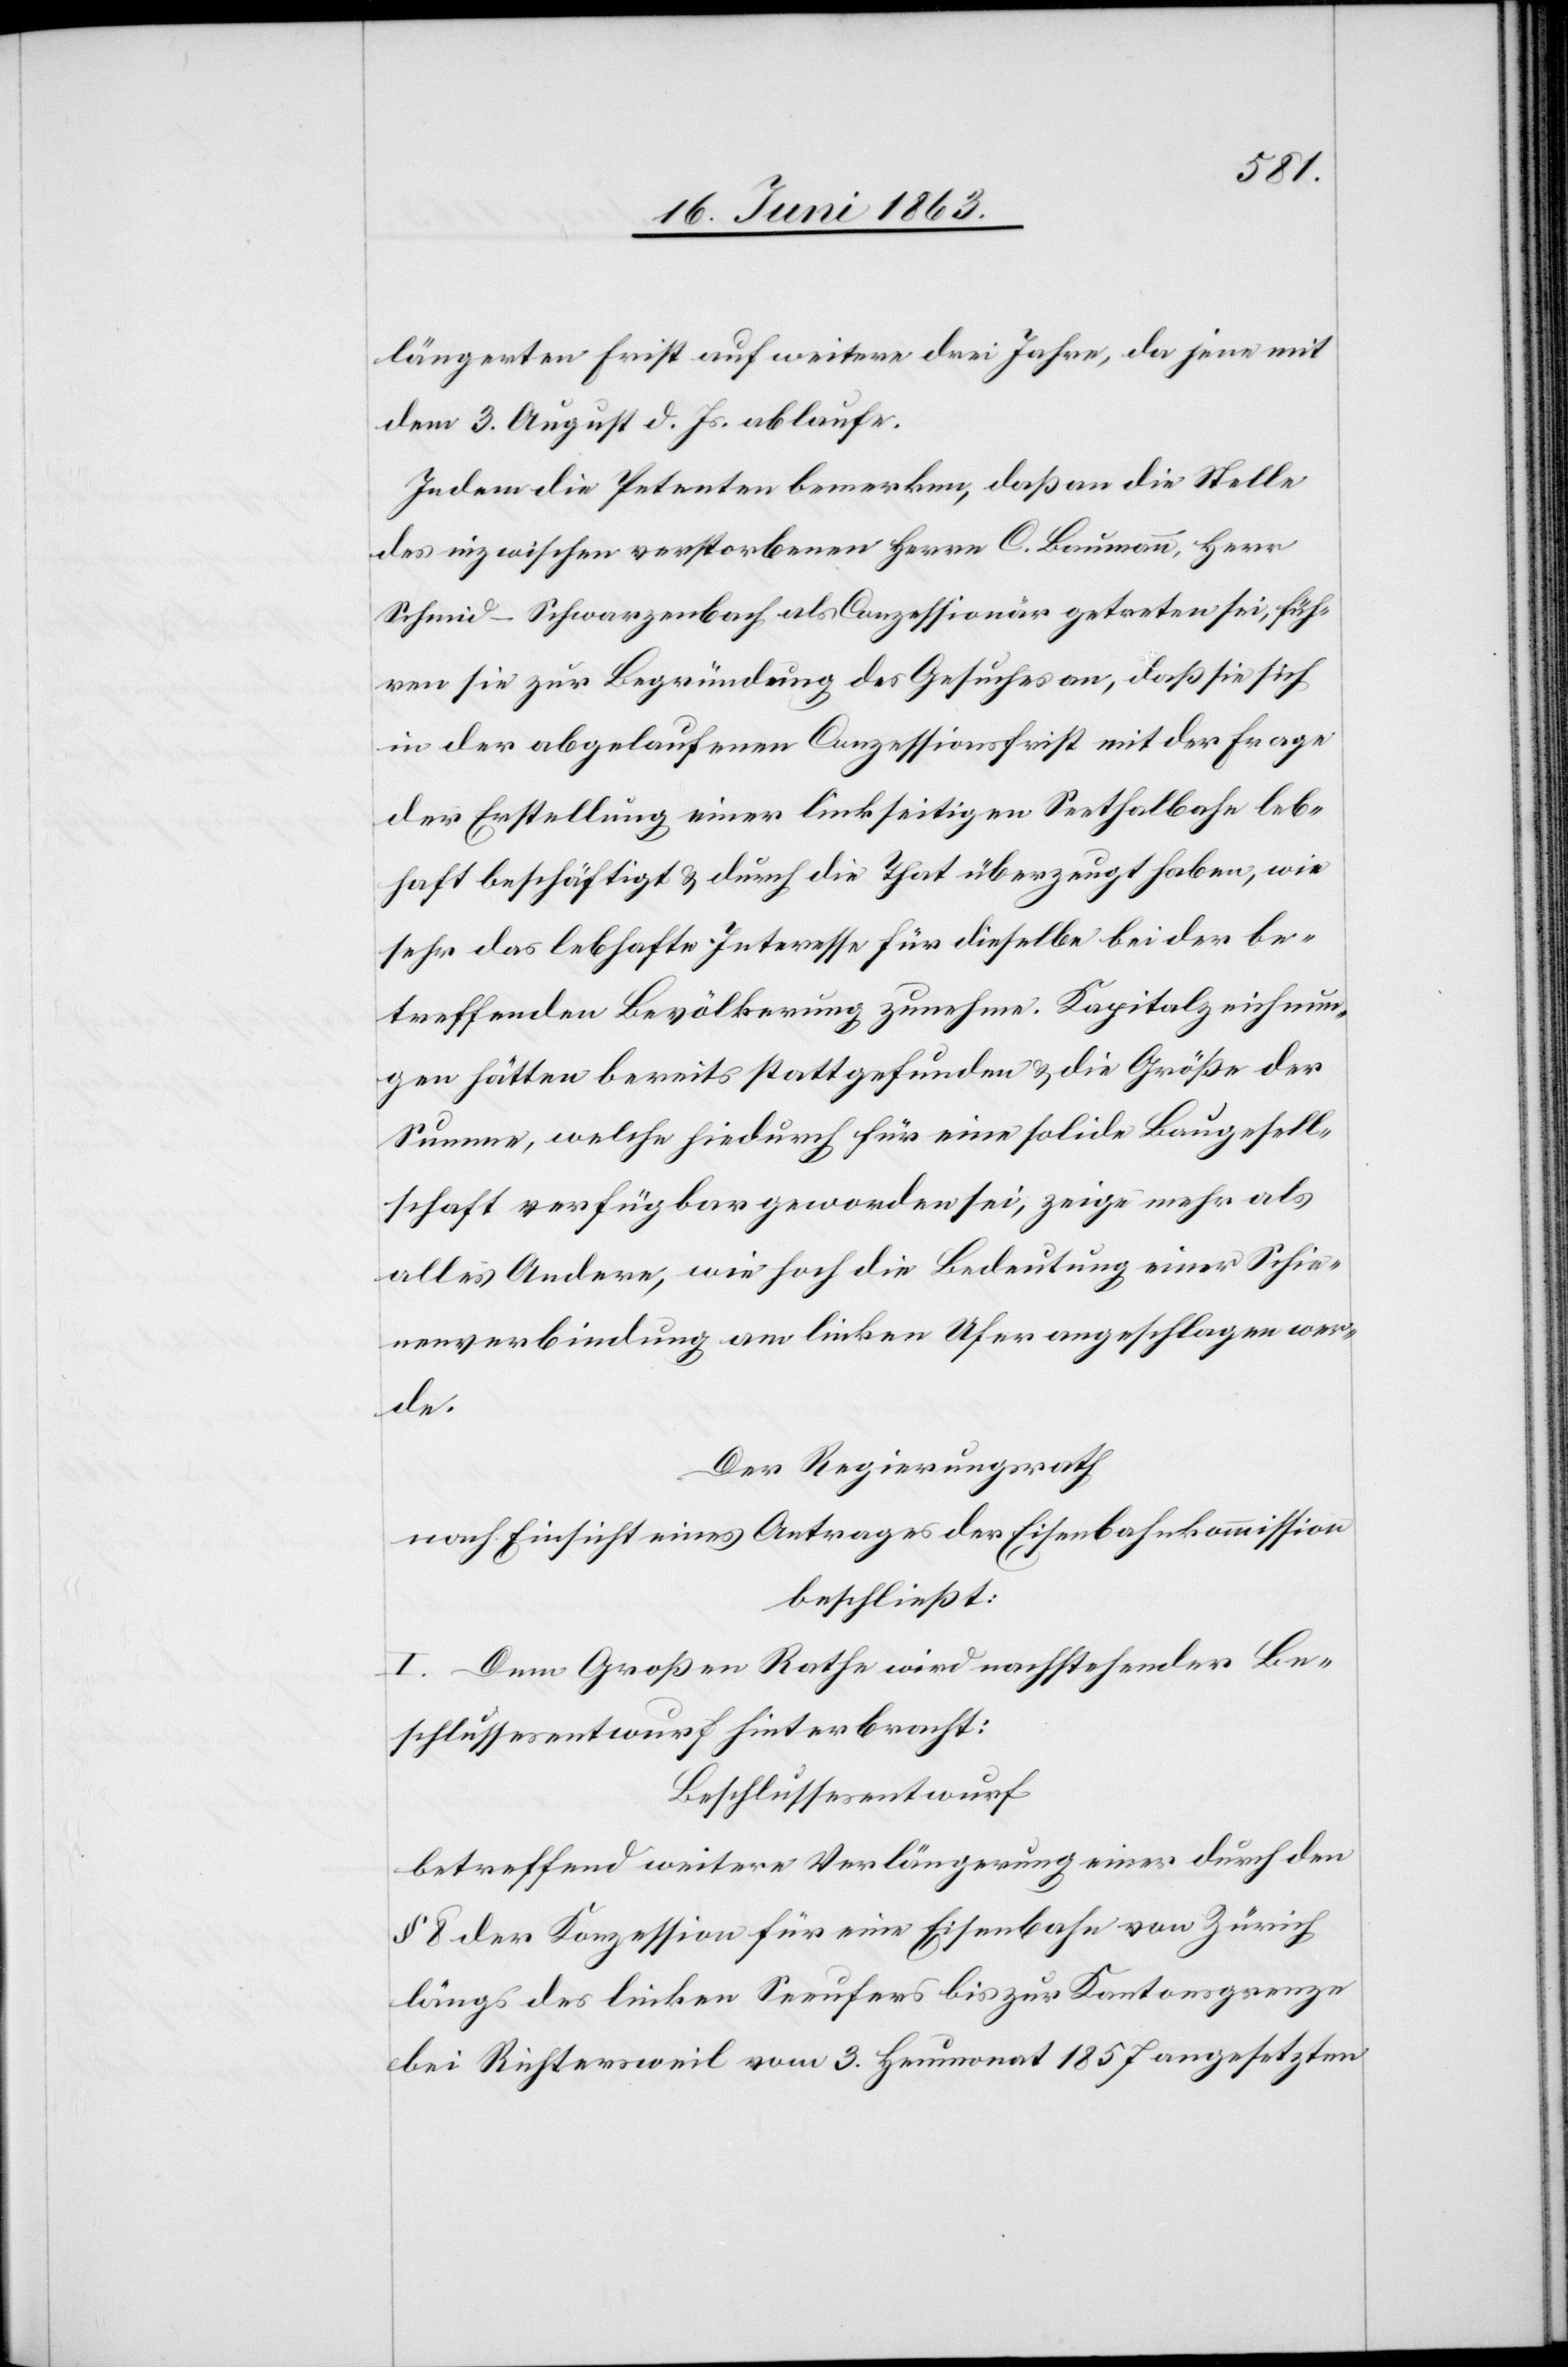
längerten Frist auf weitere drei Jahre, da jene mit
dem 3. August d. Js. ablaufe.
Indem die Petenten bemerken, daß an die Stelle
des inzwischen verstorbenen Herrn C. Baumann, Herr
Schmid-Schwarzenbach als Conzessionär getreten sei, füh¬
ren sie zur Begründung des Gesuches an, daß sie sich
in der abgelaufenen Conzessionsfrist mit der Frage
der Erstellung einer linkseitigen Seethalbahn leb¬
haft beschäftigt & durch die That überzeugt haben, wie
sehr das lebhafte Interesse für dieselbe bei der be¬
treffenden Bevölkerung zunehme. Kapitalzeichnun¬
gen hätten bereits stattgefunden & die Größe der
Summe, welche hiedurch für eine solide Baugesell¬
schaft verfügbar geworden sei, zeige mehr als
alles Andere, wie hoch die Bedeutung einer Schie¬
nenverbindung am linken Ufer angeschlagen wer¬
de.
Der Regierungsrath
nach Einsicht eines Antrages der Eisenbahnkommission
beschließt:
I. Dem Großen Rathe wird nachstehender Be¬
schlussesentwurf hinterbracht:
Beschlussesentwurf
betreffend weitere Verlängerung einer durch den
§ 8 der Konzession für eine Eisenbahn von Zürich
längs des linken Seeufers bis zur Kantonsgrenze
bei Richtersweil vom 3. Heumonat 1857 angesetzten